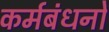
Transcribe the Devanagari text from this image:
कर्मबंधनों